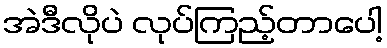
အဲဒီလိုပဲ လုပ်ကြည့်တာပေါ့